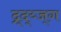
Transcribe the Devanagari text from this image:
द्र्द्य्ज्ग